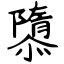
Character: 隳